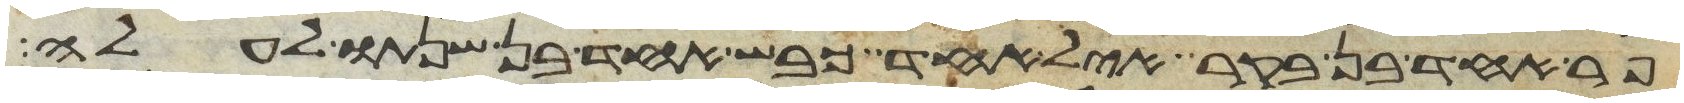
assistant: פר אחד בן בקר איל אחד כבש אחד בן שנתו לעלה